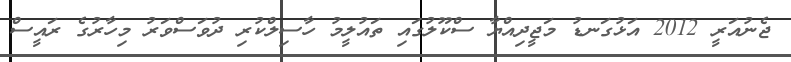
ޖެނުއަރީ 2012 އަޅުގަނޑު މަޖީދިއްޔާ ސްކޫލުގައި ތައުލީމު ހާސިލްކުރި ދުވަސްވަރު މިހާރުގެ ރައީސް